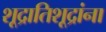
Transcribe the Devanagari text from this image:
शूद्रातिशूद्रांना